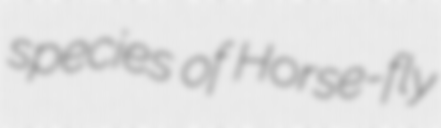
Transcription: species of Horse-fly